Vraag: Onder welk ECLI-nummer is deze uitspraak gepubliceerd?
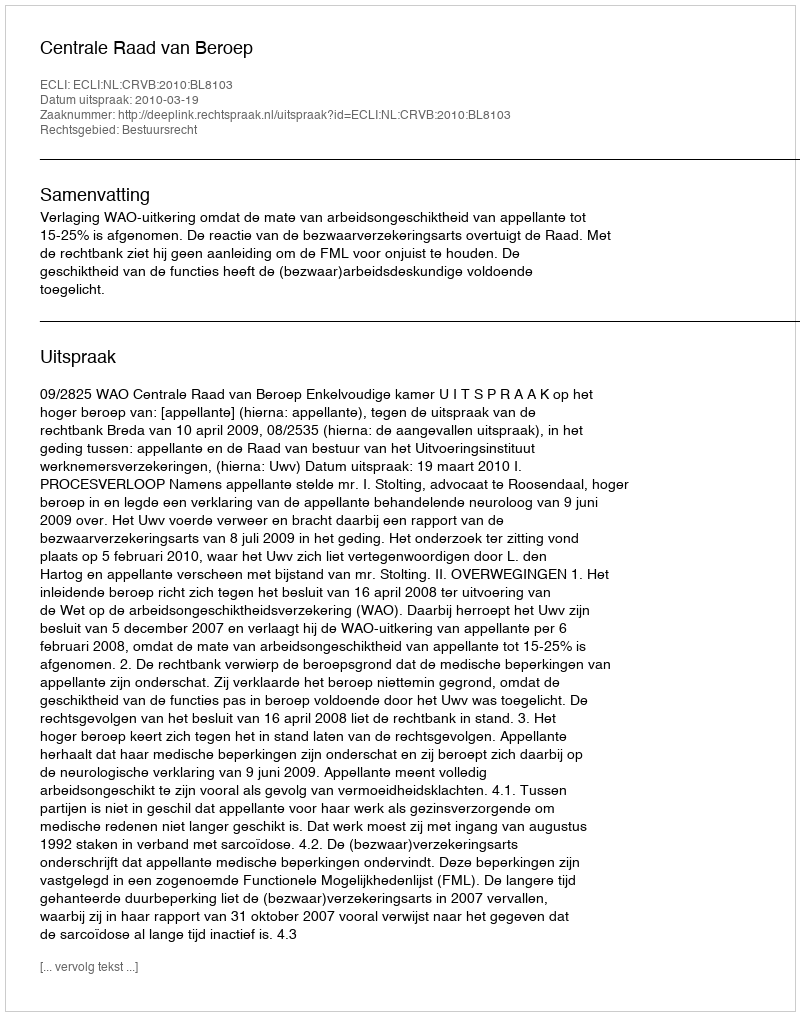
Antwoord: ECLI:NL:CRVB:2010:BL8103